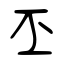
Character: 丕